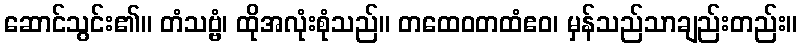
ဆောင်သွင်း၏။ တံသဗ္ဗံ၊ ထိုအလုံးစုံသည်။ တထေဝတထံဧဝ၊ မှန်သည်သာချည်းတည်း။